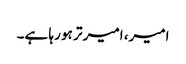
امیر، امیر تر ہو رہا ہے۔